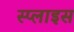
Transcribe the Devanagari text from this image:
स्प्लाइस